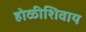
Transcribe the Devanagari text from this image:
होळीशिवाय